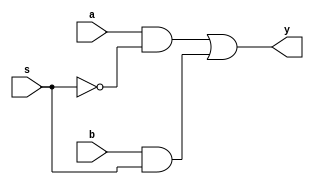
module mux21_str(y,a,b,s);
output y;
input a,b,s;
wire w1,w2,sbar;
not (sbar,s);
and (w1,a,sbar);
and (w2,b,s);
or (y,w1,w2);
endmodule